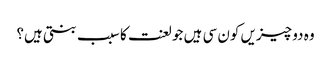
وہ دو چیزیں کون سی ہیں جو لعنت کا سبب بنتی ہیں؟